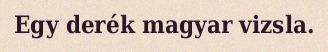
Egy derék magyar vizsla.